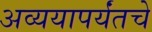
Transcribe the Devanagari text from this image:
अव्ययापर्यंतचे